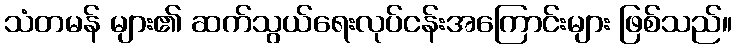
သံတမန် များ၏ ဆက်သွယ်ရေးလုပ်ငန်းအကြောင်းများ ဖြစ်သည်။